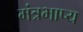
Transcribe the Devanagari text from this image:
मंत्रभाष्य